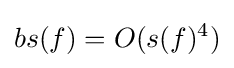
bs(f)=O(s(f)^{4})